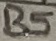
Text: B5